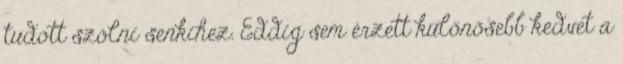
tudott szólni senkihez. Eddig sem érzett különösebb kedvet a